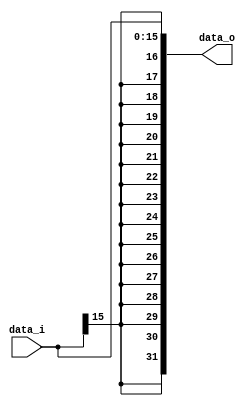
	//Subject:     CO project 2 - Sign extend
//--------------------------------------------------------------------------------
//Version:     1
//--------------------------------------------------------------------------------
//Writer:      
//----------------------------------------------
//Date:        
//----------------------------------------------
//Description: 
//--------------------------------------------------------------------------------

module Sign_Extend(
    data_i,
    data_o
    );
               
//I/O ports
input   [16-1:0] data_i;
output  [32-1:0] data_o;

//Internal Signals
wire     [32-1:0] data_o;

//Sign extended
assign data_o = {{16{data_i[16-1]}},data_i} ;                  
endmodule